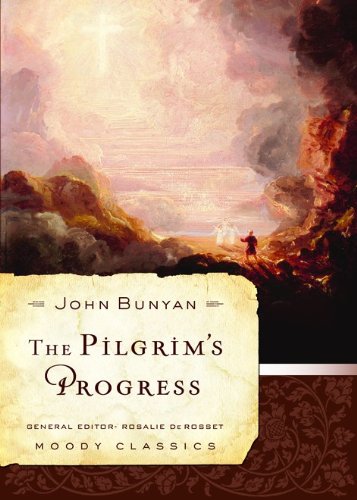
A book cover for The Pilgrim's Progress (Moody Classics); John Bunyan; Christian Books & Bibles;